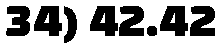
34) 42.42